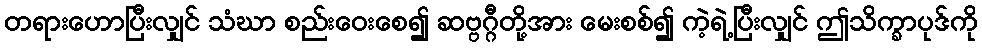
တရားဟောပြီးလျှင် သံဃာ စည်းဝေးစေ၍ ဆဗ္ဗဂ္ဂီတို့အား မေးစစ်၍ ကဲ့ရဲ့ပြီးလျှင် ဤသိက္ခာပုဒ်ကို